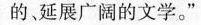
的、延展广阔的文学。”